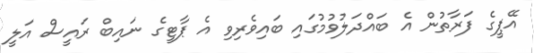
އޭޕީގެ ފަރާތުން އެ ބައްދަލުވުމުގައި ބައިވެރިވި އެ ޕާޓީގެ ނައިބް ރައީސް އަލީ